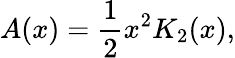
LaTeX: A(x)=\frac{1}{2}x^{2}K_{2}(x),